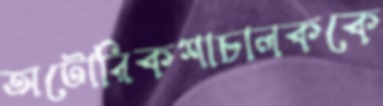
অটোরিকশাচালককে